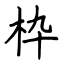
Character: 枠